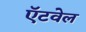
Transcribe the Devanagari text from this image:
ऍटवेल